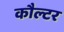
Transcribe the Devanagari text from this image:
कौल्टर